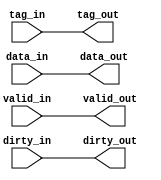
module cache_line (
    input wire [31:0] data_in,
    input wire [31:0] tag_in,
    input wire valid_in,
    input wire dirty_in,
    output reg [31:0] data_out,
    output reg [31:0] tag_out,
    output reg valid_out,
    output reg dirty_out
);
    always @(*) begin
        data_out = data_in;
        tag_out = tag_in;
        valid_out = valid_in;
        dirty_out = dirty_in;
    end
endmodule